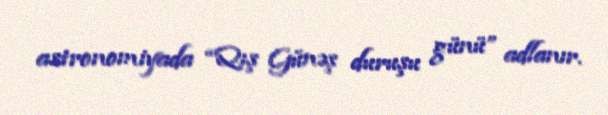
astronomiyada “Qış Günəş duruşu günü” adlanır.